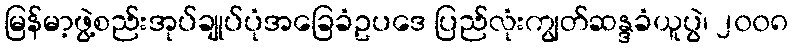
မြန်မာ့ဖွဲ့စည်းအုပ်ချုပ်ပုံအခြေခံဥပဒေ ပြည်လုံးကျွတ်ဆန္ဒခံယူပွဲ၊ ၂၀၀၈